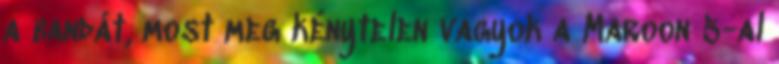
a bandát, most meg kénytelen vagyok a Maroon 5-al